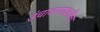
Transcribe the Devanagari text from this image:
उंचावण्याकरिता